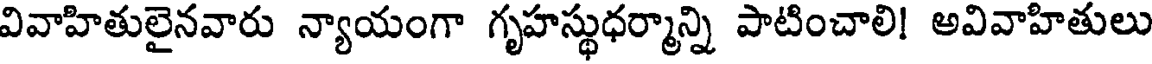
వివాహితులైనవారు న్యాయంగా గృహస్థుధర్మాన్ని పాటించాలి! అవివాహితులు